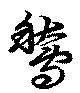
鶖